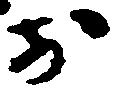
於